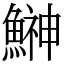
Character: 鰰